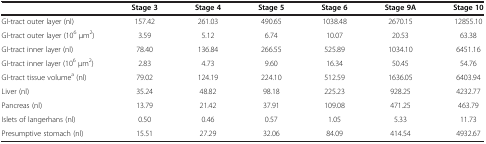
|  | Stage 3 | Stage 4 | Stage 5 | Stage 6 | Stage 9A | Stage 10 |
 | --- | --- | --- | --- | --- | --- | --- |
 | GI-tract outer layer (nl) | 157.42 | 261.03 | 490.65 | 1038.48 | 2670.15 | 12855.10 |
 | GI-tract outer layer (106 μm2) | 3.59 | 5.12 | 6.74 | 10.07 | 20.53 | 63.38 |
 | GI-tract inner layer (nl) | 78.40 | 136.84 | 266.55 | 525.89 | 1034.10 | 6451.16 |
 | GI-tract inner layer (106 μm2) | 2.83 | 4.73 | 9.60 | 16.34 | 50.45 | 54.76 |
 | GI-tract tissue volumea (nl) | 79.02 | 124.19 | 224.10 | 512.59 | 1636.05 | 6403.94 |
 | Liver (nl) | 35.24 | 48.82 | 98.18 | 225.23 | 928.25 | 4232.77 |
 | Pancreas (nl) | 13.79 | 21.42 | 37.91 | 109.08 | 471.25 | 463.79 |
 | Islets of langerhans (nl) | 0.50 | 0.46 | 0.57 | 1.05 | 5.33 | 11.73 |
 | Presumptive stomach (nl) | 15.51 | 27.29 | 32.06 | 84.09 | 414.54 | 4932.67 |